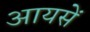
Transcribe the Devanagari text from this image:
आयसें